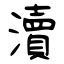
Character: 瀆